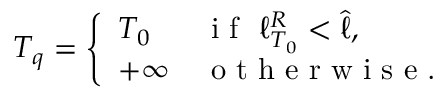
T _ { q } = \left\{ \begin{array} { l l } { T _ { 0 } } & { \textrm { i f } ~ \ell _ { T _ { 0 } } ^ { R } < \hat { \ell } , } \\ { + \infty } & { \textrm { o t h e r w i s e . } } \end{array} \right.